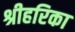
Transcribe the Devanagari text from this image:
श्रीहरिका